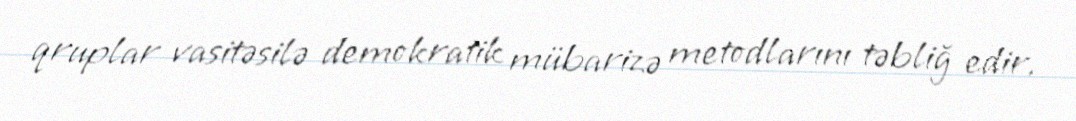
qruplar vasitəsilə demokratik mübarizə metodlarını təbliğ edir.